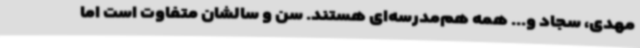
مهدی، سجاد و... همه هم‌مدرسه‌ای هستند. سن و سالشان متفاوت است اما